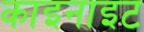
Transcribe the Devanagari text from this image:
काइनाइट